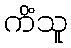
ကိံသူ